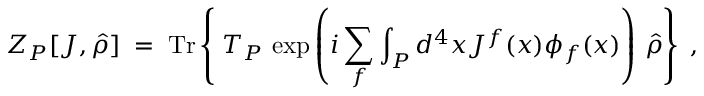
Z _ { P } [ J , \hat { \rho } ] \; = \; \mathrm { T r } \left\{ \frac { } { } T _ { P } \, \exp \left( i \sum _ { f } \int _ { P } d ^ { 4 } x J ^ { f } ( x ) \phi _ { f } ( x ) \right) \, \hat { \rho } \right\} \; ,